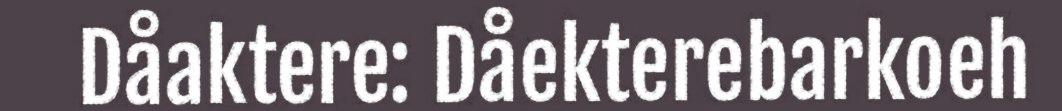
Dåaktere: Dåekterebarkoeh